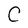
Character: C